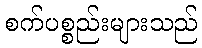
စက်ပစ္စည်းများသည်